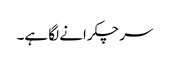
سر چکرانے لگا ہے۔